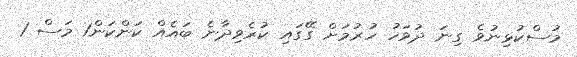
މުސްކުޅިނުވެ ގިނަ ދުވަހު ހުރުމަށް ގޭގައި ކުރެވިދާނެ ބައެއް ކަންކަން1 މަސް 1